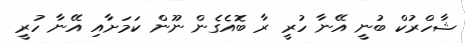
ޝާހްރުކް ބުނީ އޭނާ ހުރީ ރާ ބޮއެގެން ނޫން ކަމަށާއި އޭނާ ހުރީ